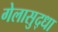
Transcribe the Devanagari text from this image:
गेलासुद्धा